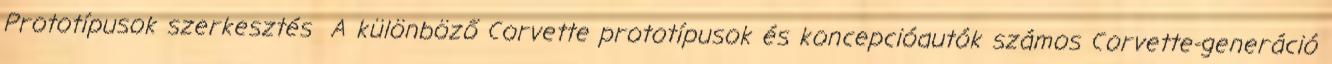
Prototípusok szerkesztés A különböző Corvette prototípusok és koncepcióautók számos Corvette-generáció